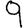
Digit: 9